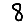
Digit: 8